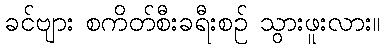
ခင်ဗျား စကိတ်စီးခရီးစဉ် သွားဖူးလား။